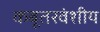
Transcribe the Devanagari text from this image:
कबूतरवंशीय